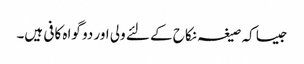
جیسا کہ صیغہ نکاح کے لئے ولی اور دو گواہ کافی ہیں۔